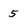
Character: 5